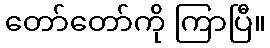
တော်တော်ကို ကြာပြီ။